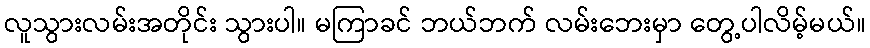
လူသွားလမ်းအတိုင်း သွားပါ။ မကြာခင် ဘယ်ဘက် လမ်းဘေးမှာ တွေ့ပါလိမ့်မယ်။